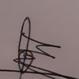
Signature authenticity: genuine